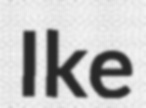
Ike